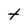
Character: t